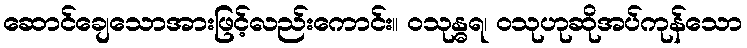
ဆောင်ချေသောအားဖြင့်လည်းကောင်း။ ဝသုန္ဓရ၊ ဝသုဟုဆိုအပ်ကုန်သော